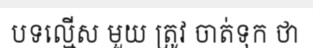
បទល្មើស មួយ ត្រូវ ចាត់ទុក ថា